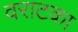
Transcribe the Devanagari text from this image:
वराटका